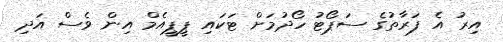
އިރު އެ ފަރާތުގެ ސަޕޯޓު ހޯދުމަށް ޓަކައި ޕީޕީއެމް އިން ވެސް އަދި